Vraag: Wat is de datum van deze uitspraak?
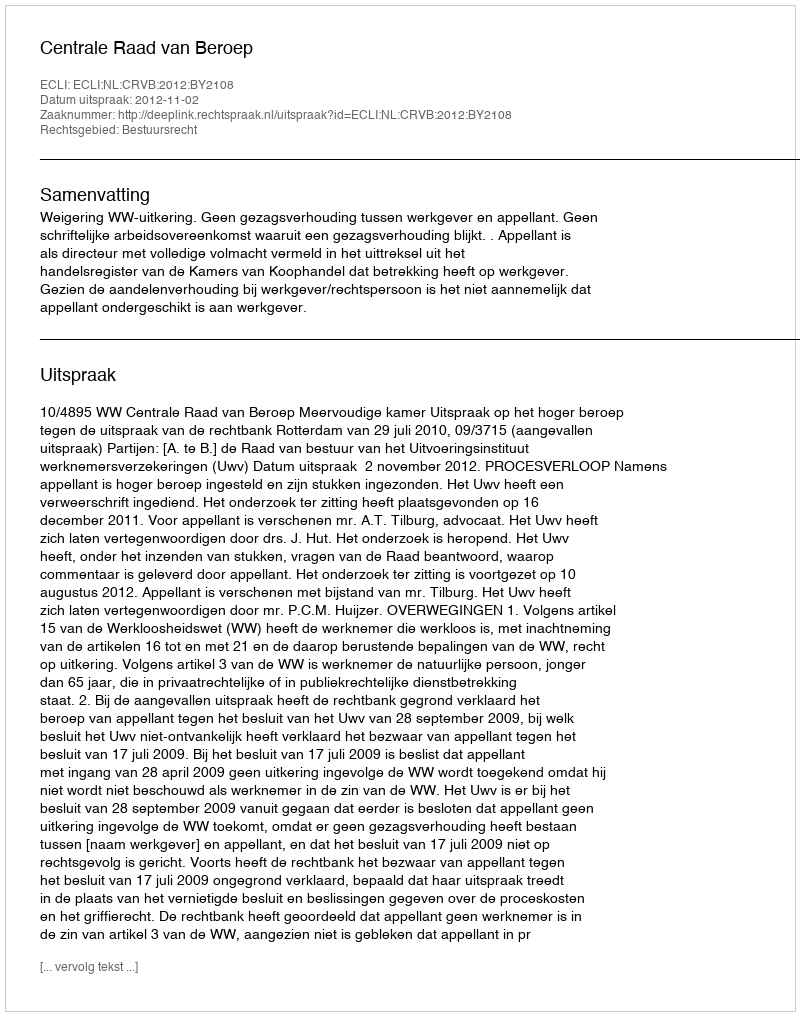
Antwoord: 2012-11-02